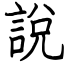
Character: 說